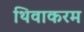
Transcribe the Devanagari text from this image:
थिवाकरम